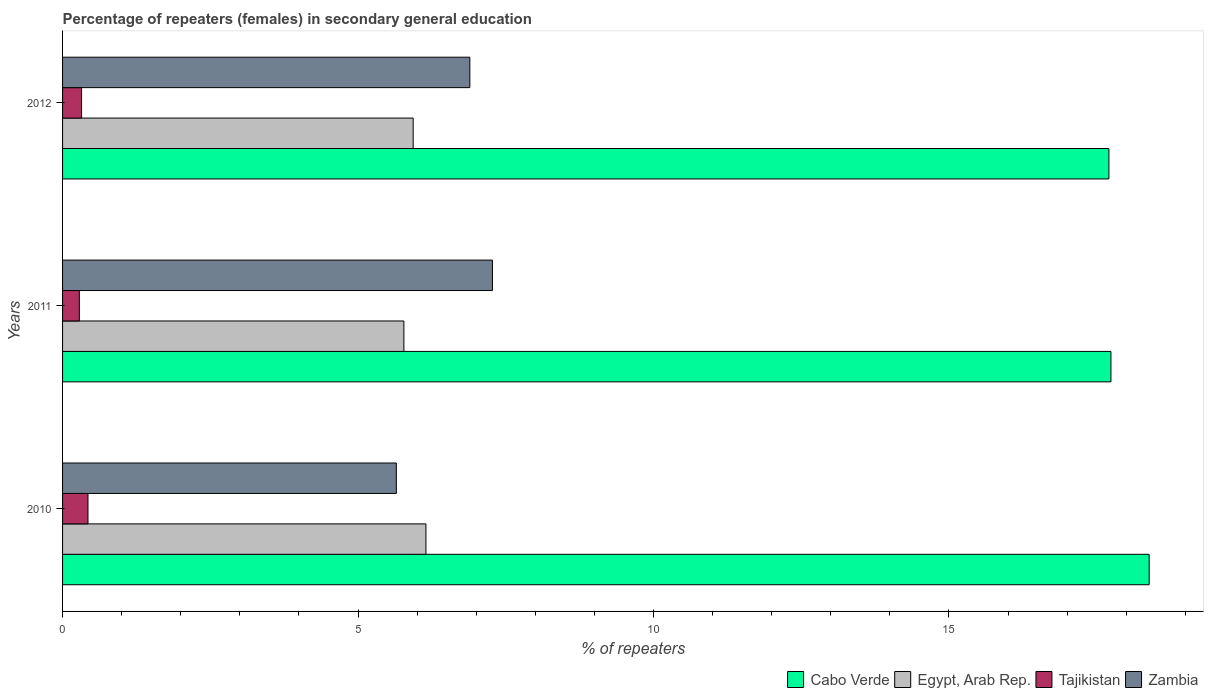
| Years | Cabo Verde | Egypt, Arab Rep. | Tajikistan | Zambia |
 | --- | --- | --- | --- | --- |
 | 2010 | 18.4 | 6.15 | 0.43 | 5.65 |
 | 2011 | 17.7 | 5.78 | 0.284 | 7.27 |
 | 2012 | 17.7 | 5.93 | 0.322 | 6.89 |